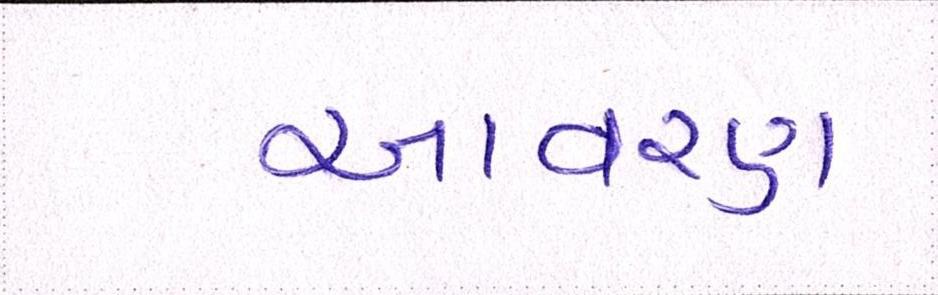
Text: આવરણ